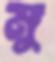
মু